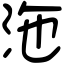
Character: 沲